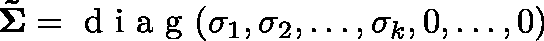
\mathbf { \tilde { \Sigma } } = \mathrm { ~ d ~ i ~ a ~ g ~ } ( \sigma _ { 1 } , \sigma _ { 2 } , \ldots , \sigma _ { k } , 0 , \ldots , 0 )